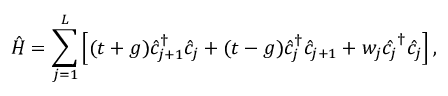
\hat { H } = \sum _ { j = 1 } ^ { L } \left[ ( t + g ) \hat { c } _ { j + 1 } ^ { \dagger } \hat { c } _ { j } + ( t - g ) \hat { c } _ { j } ^ { \dagger } \hat { c } _ { j + 1 } + w _ { j } \hat { c _ { j } } ^ { \dagger } \hat { c _ { j } } \right] ,